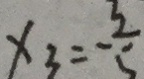
x _ { 3 } = - \frac { 3 } { 5 }